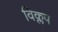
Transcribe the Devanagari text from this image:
विक्लप